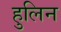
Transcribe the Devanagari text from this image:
हुलिन